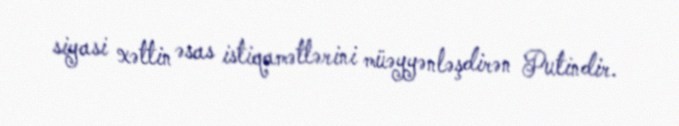
siyasi xəttin əsas istiqamətlərini müəyyənləşdirən Putindir.